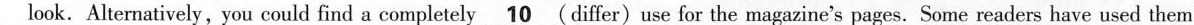
look. Alternatively, you could find a completely \underline{10} (differ) use for the magazine's pages. Some readers have used them